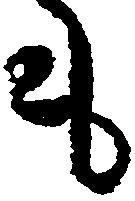
も